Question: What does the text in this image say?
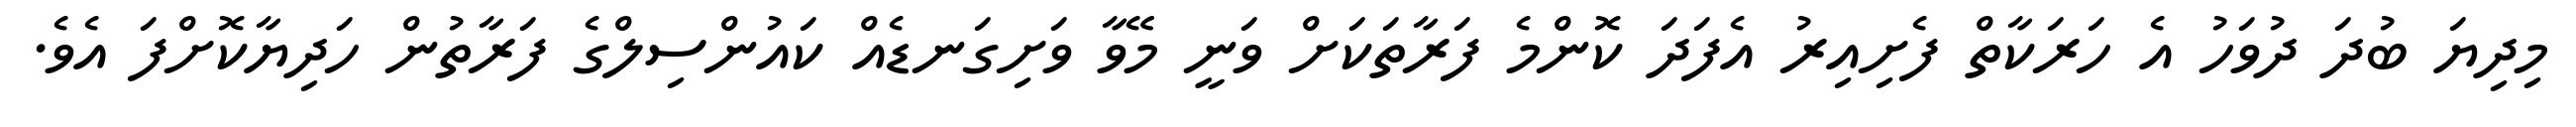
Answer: މިދިޔަ ބުދަ ދުވަހު އެ ހަރަކާތް ފެށިއިރު އެފަދަ ކޮންމެ ފަރާތަކަށް ވަނީ މޭވާ ވަށިގަނޑެއް ކައުންސިލްގެ ފަރާތުން ހަދިޔާކޮށްފަ އެވެ.